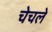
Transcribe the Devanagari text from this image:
चेचले